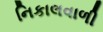
નિકાલવાળી